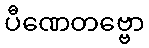
ပီဏေတဗ္ဗော